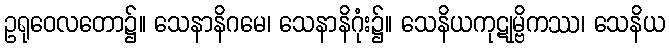
ဥရုဝေလတော၌။ သေနာနိဂမေ၊ သေနာနိဂုံး၌။ သေနိယကုဋုမ္ဗိကဿ၊ သေနိယ